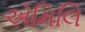
એમિલિ